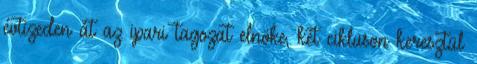
évtizeden át az ipari tagozat elnöke, két cikluson keresztül